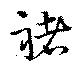
褚